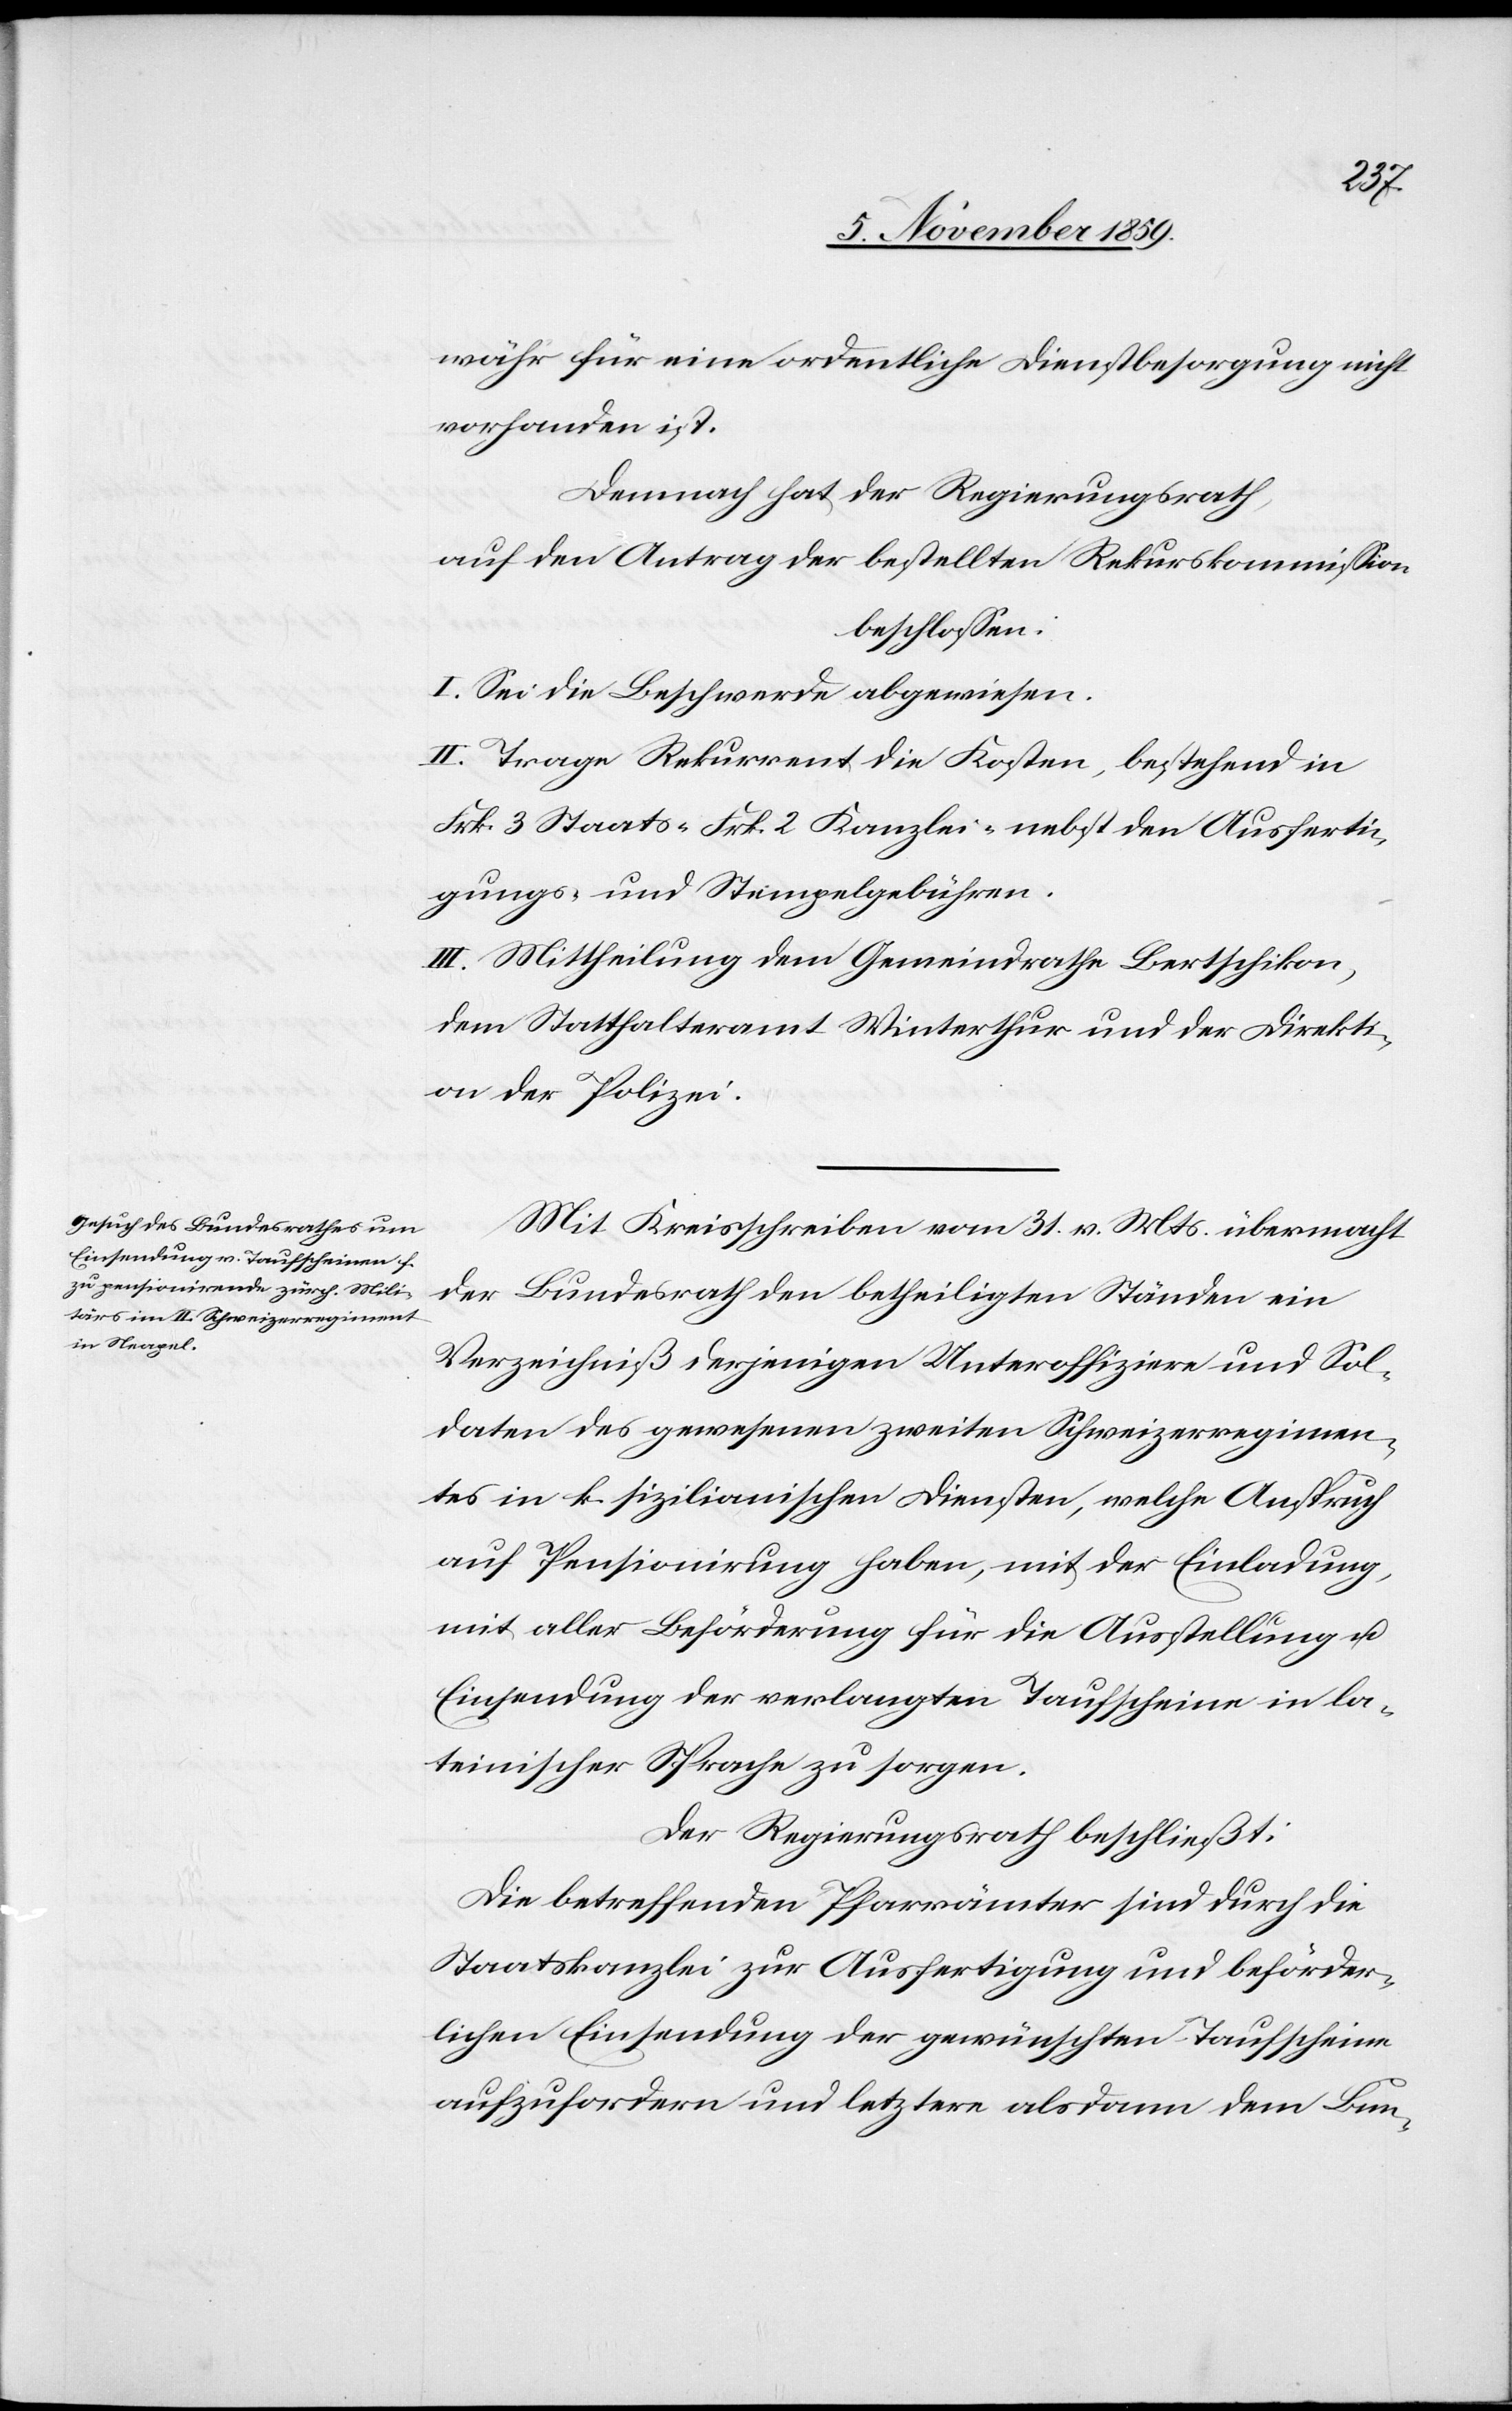
währ für eine ordentliche Dienstbesorgung nicht
vorhanden ist.
Demnach hat der Regierungsrath,
auf den Antrag der bestellten Rekurskommission,
beschlossen:
I. Sei die Beschwerde abgewiesen.
II. Trage Rekurrent die Kosten, bestehend in
Frk. 3 Staats- Frk. 2 Kanzlei- nebst den Ausferti¬
gungs- und Stempelgebühren.
III. Mittheilung dem Gemeindrath Bertschikon,
dem Statthalteramt Winterthur und der Direkti¬
on der Polizei.
Mit Kreisschreiben vom 31. v. Mts. übermacht
der Bundesrath den betheiligten Ständen ein
Verzeichniß derjenigen Unteroffiziere und Sol¬
daten des gewesenen zweiten Schweizerregimen¬
tes in k. sizilianischen Diensten, welche Anspruch
auf Pensionierung haben, mit der Einladung,
mit aller Beförderung für die Ausstellung &
Einsendung der verlangten Taufscheine in la¬
teinischer Sprache zu sorgen.
Der Regierungsrath beschließt:
Die betreffenden Pfarrämter sind durch die
Staatskanzlei zur Ausfertigung und beförder¬
lichen Einsendung der gewünschten Taufscheine
aufzufordern und letztere alsdann dem Bun-